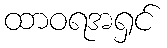
ထာဝရအရှင်